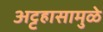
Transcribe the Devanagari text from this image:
अट्टहासामुळे